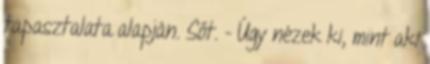
tapasztalata alapján. Sőt. - Úgy nézek ki, mint aki